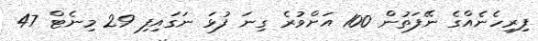
ފިރިހެނެއްގެ ނޭފަތުން 100 އަށްވުރެ ގިނަ ފުޅަ ނަގައިފި 29 މިނެޓް 47